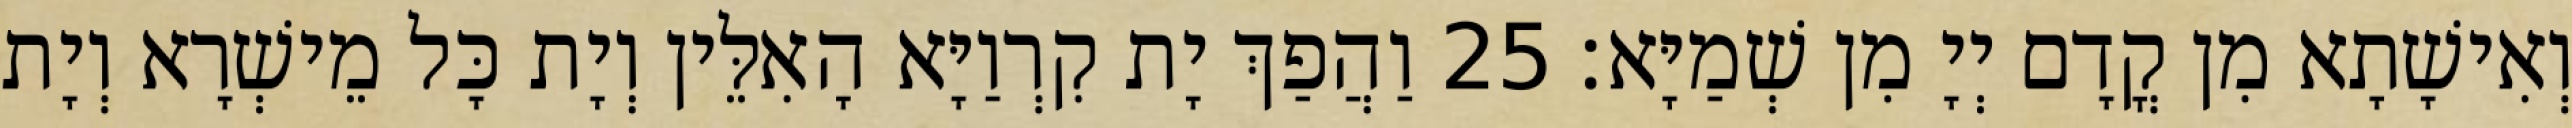
וְאִישָׁתָא מִן קֳדָם יְיָ מִן שְׁמַיָּא׃ 25 וַהֲפַךְ יָת קִרְוַיָּא הָאִלֵּין וְיָת כָּל מֵישְׁרָא וְיָת